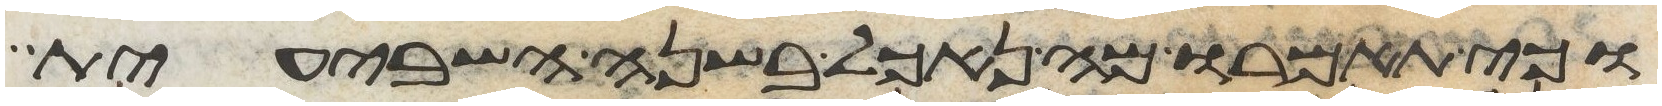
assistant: וכי תאמרו מה נאכל בשנה השביעית